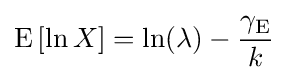
\operatorname {E} \left[\ln X\right]=\ln(\lambda )-{\frac {\gamma _{\mathrm {E} }}{k}}